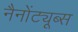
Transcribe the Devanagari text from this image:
नैनोंट्यूब्स